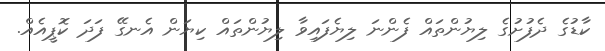
ކާޑުގެ ދެފުށުގެ ލިޔުންތައް ފެންނަ ލިޔެފައިވާ ލިޔުންތައް ކިޔަން އެނގޭ ފަދަ ކޮޕީއެއް.